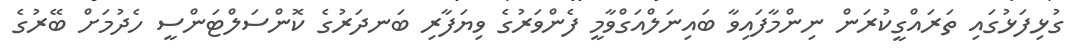
ގުޅިފަޅުގައި ތަރައްގީކުރަން ނިންމާފައިވާ ބައިނަލްއަގްވާމީ ފެންވަރުގެ ވިޔަފާރި ބަނދަރުގެ ކޮންސަލްޓަންސީ ހެދުމަށް ބޭރުގެ